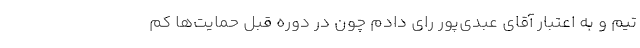
تیم و به اعتبار آقای عبدی‌پور رای دادم چون در دوره قبل حمایت‌ها کم